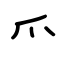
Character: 爫